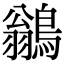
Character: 鶲